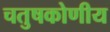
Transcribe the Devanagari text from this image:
चतुषकोणीय